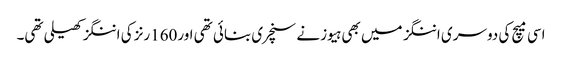
اسی میچ کی دوسری اننگز میں بھی ہیوز نے سنچری بنائی تھی اور160رنز کی اننگز کھیلی تھی۔